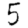
Digit: 5